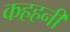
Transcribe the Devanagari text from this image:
कहहनी